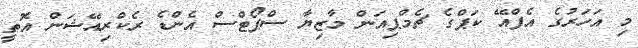
މި އަހަރުގެ އެފްއޭ ކަޕްގެ ޗެމްޕިއަން މާޒިޔާ ސްޕޯޓްސް އެންޑެ ރެކްރިއޭޝަން އޮތީ